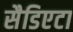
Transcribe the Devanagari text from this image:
सैडिएटा